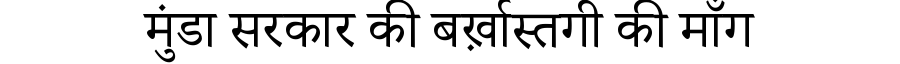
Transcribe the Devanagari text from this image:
मुंडा सरकार की बर्ख़ास्तगी की माँग